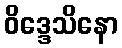
ဝိဒ္ဒေသိနော